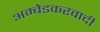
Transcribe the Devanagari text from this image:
अम्‍बेडकरवादी